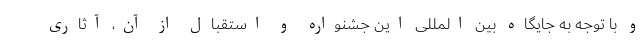
و با توجه به جایگاه بین المللی این جشنواره و استقبال از آن، آثاری